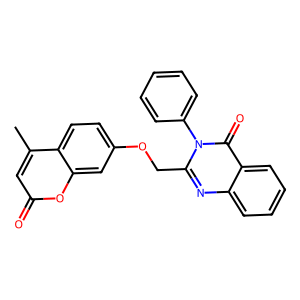
SMILES: Cc1cc(=O)oc2cc(OCc3nc4ccccc4c(=O)n3-c3ccccc3)ccc12
Inhibits HIV replication: No